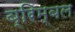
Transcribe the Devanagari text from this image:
ब्रिम्बल